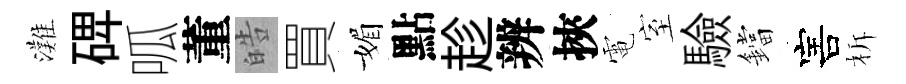
灘𥓓呱董皓買媚點趁辨挾電室驗鐺害柝